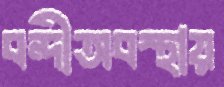
বন্দীঅবস্থায়